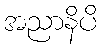
အညာနိပိ